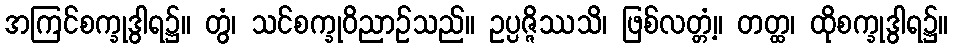
အကြင်စက္ခုဒွါရ၌။ တွံ၊ သင်စက္ခုဝိညာဉ်သည်။ ဥပ္ပဇ္ဇိဿသိ၊ ဖြစ်လတ္တံ့။ တတ္ထ၊ ထိုစက္ခုဒွါရ၌။